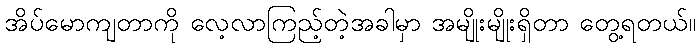
အိပ်မောကျတာကို လေ့လာကြည့်တဲ့အခါမှာ အမျိုးမျိုးရှိတာ တွေ့ရတယ်။